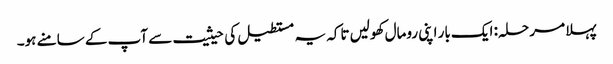
پہلا مرحلہ: ایک بار اپنی رومال کھولیں تاکہ یہ مستطیل کی حیثیت سے آپ کے سامنے ہو۔